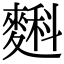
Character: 𪍎